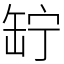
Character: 䍆